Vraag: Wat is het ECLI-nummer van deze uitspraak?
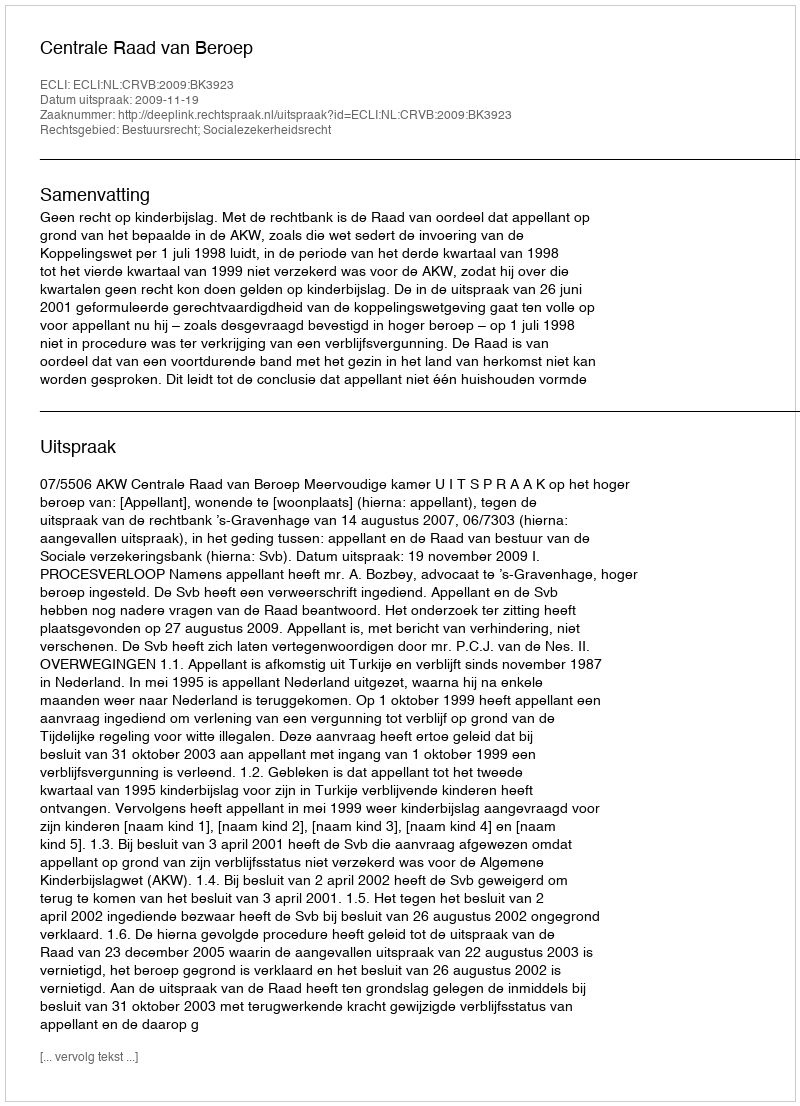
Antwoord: ECLI:NL:CRVB:2009:BK3923